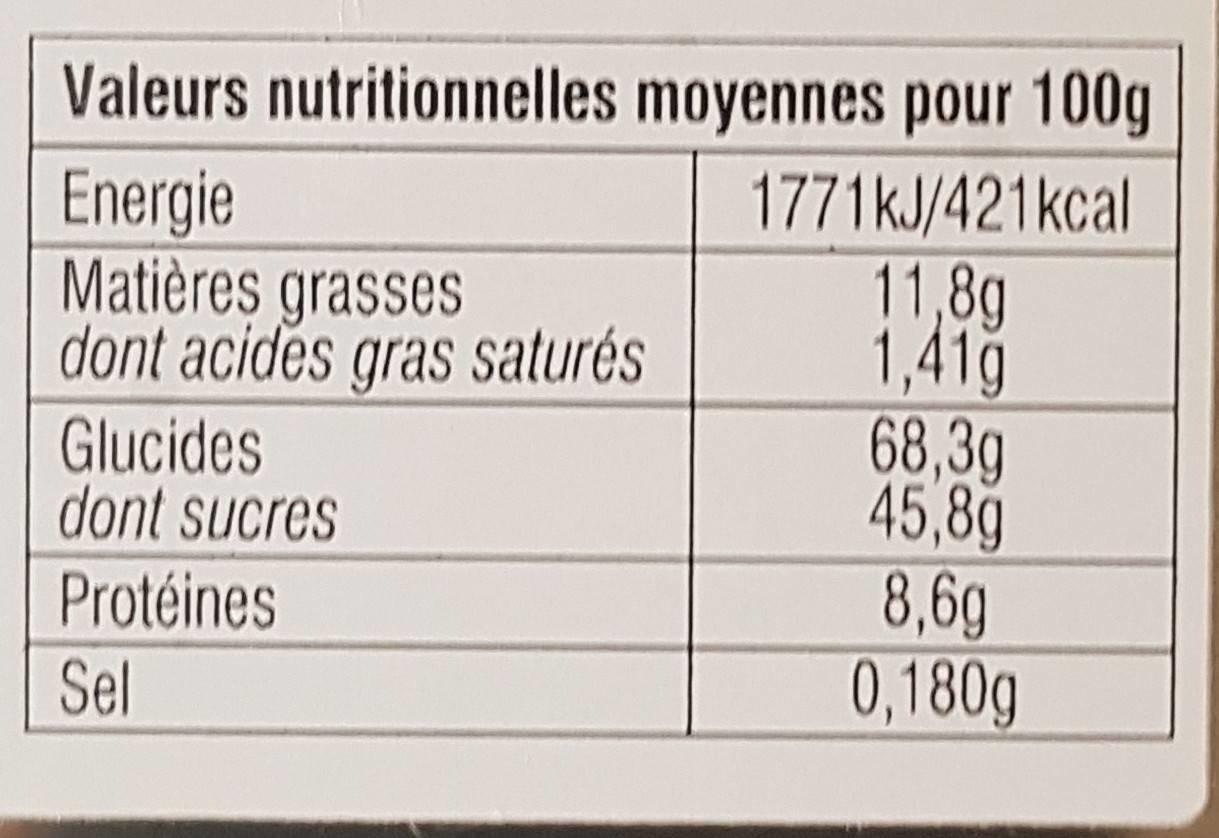
Valeurs nutritionnelles moyennes pour 100g
1771KJ/421kcal 11,8g 1,41g 68,3g 45,8g 8,6g 0,180g
Energie Matières grasses dont acides gras saturés
Glucides dont sucres
Protéines
Sel